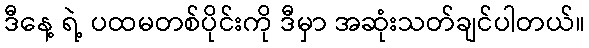
ဒီနေ့ ရဲ့ ပထမတစ်ပိုင်းကို ဒီမှာ အဆုံးသတ်ချင်ပါတယ်။